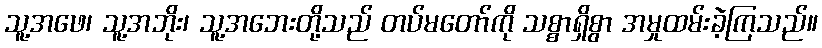
သူ့အဖေ၊ သူ့အဘိုး၊ သူ့အဘေးတို့သည် တပ်မတော်ကို သစ္စာရှိစွာ အမှုထမ်းခဲ့ကြသည်။